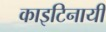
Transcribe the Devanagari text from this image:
काइटिनायी